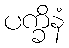
ပက္ခိနံ